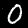
Label: 0